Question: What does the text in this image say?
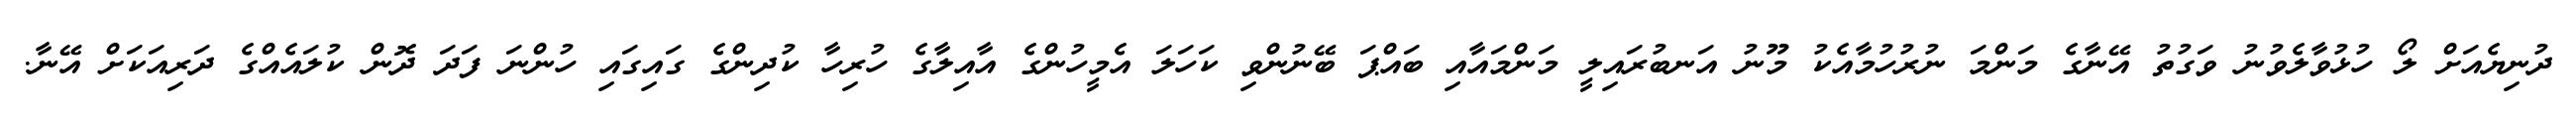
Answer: ދުނިޔެއަށް ލޯ ހުޅުވާލެވުނު ވަގުތު އޭނާގެ މަންމަ ނުރުހުމާއެކު މޫނު އަނބުރައިލީ މަންމައާއި ބައްޕަ ބޭނުންވި ކަހަލަ އެމީހުންގެ އާއިލާގެ ހުރިހާ ކުދިންގެ ގައިގައި ހުންނަ ފަދަ ދޮން ކުލައެއްގެ ދަރިއަކަށް އޭނާ.